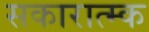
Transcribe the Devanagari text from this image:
सकारात्म्क